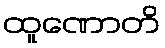
ထူဏောတိ